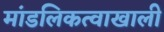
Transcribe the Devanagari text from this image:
मांडलिकत्वाखाली